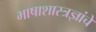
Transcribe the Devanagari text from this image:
भाषाशास्त्रज्ञांचे